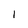
Character: I